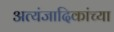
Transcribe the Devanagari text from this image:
अत्यंजादिकांच्या